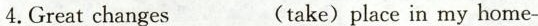
4.Great changes ___(take) place in my home-